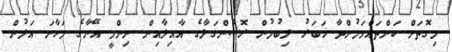
މިގޮތަށް ކަންތައްވަމުންދާ ޚަބަރު ލިބުމުން ރޮސެންގަލާގެ އާއިލާއިން ނިންމީ އޭނާގެ މަހާނަ އަލުން